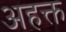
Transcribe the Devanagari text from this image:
अहक्त